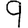
Digit: 9